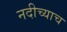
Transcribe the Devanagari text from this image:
नदीच्याच